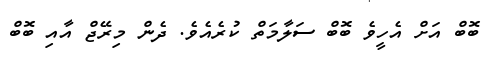
ބޮބް އަށް އެހީވެ ބޮބް ސަލާމަތް ކުރެއެވެ. ދެން މިރޭޖް އާއި ބޮބް